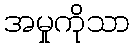
အမှုကိုသာ